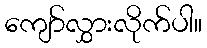
ကျော်လွှားလိုက်ပါ။